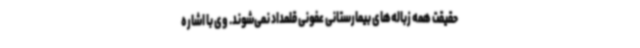
حقیقت همه زباله‌های بیمارستانی عفونی قلمداد نمی‌شوند. وی با اشاره